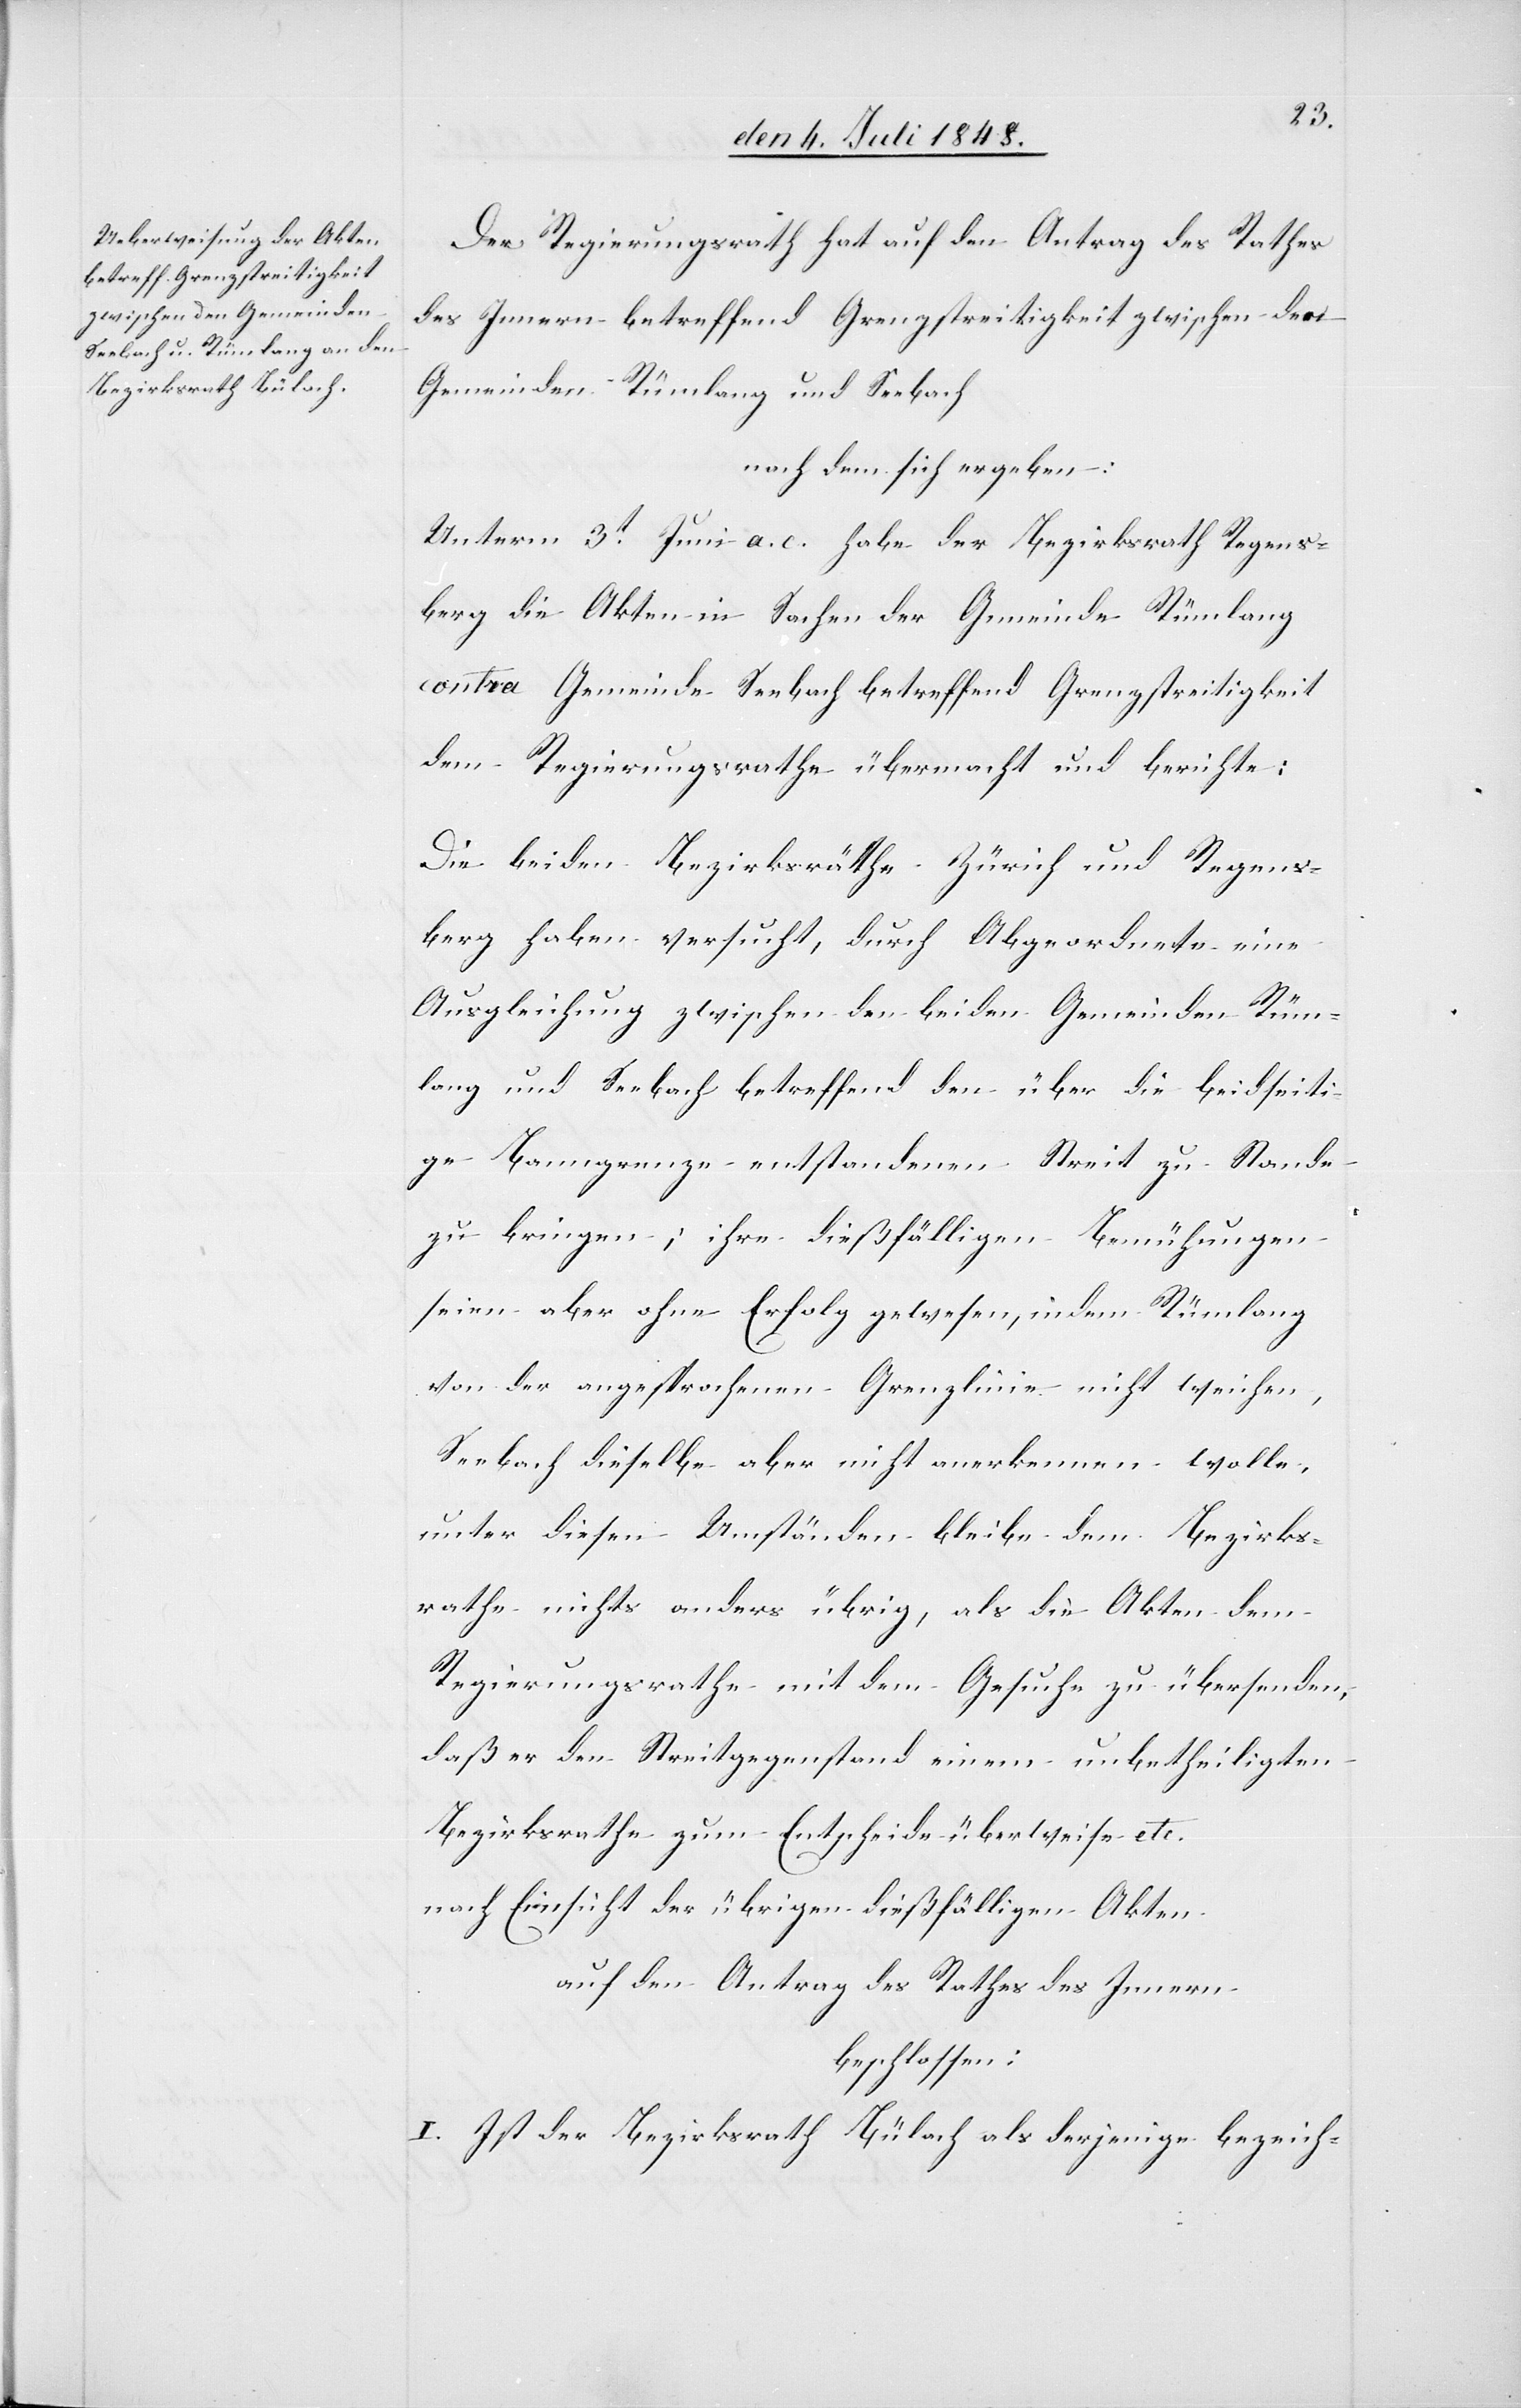
Der Regierungsrath hat auf den Antrag des Rathes
des Innern betreffend Grenzstreitigkeit zwischen den
Gemeinden Rümlang und Seebach
nachdem sich ergeben:
Unterm 3t Juni a. c. habe der Bezirksrath Regens¬
berg die Akten in Sachen der Gemeinde Rümlang
contra Gemeinde Seebach betreffend Grenzstreitigkeit
dem Regierungsrathe übermacht und berichte:
Die beiden Bezirksräthe Zürich und Regens¬
berg haben versucht, durch Abgeordnete eine
Ausgleichung zwischen den beiden Gemeinden Rüm¬
lang und Seebach betreffend den über die beidseiti¬
ge Banngrenze entstandenen Streit zu Stande
zu bringen; ihre dießfälligen Bemühungen
seien aber ohne Erfolg gewesen, indem Rümlang
von der angesprochenen Grenzlinie nicht weichen,
Seebach dieselbe aber nicht anerkennen wolle,
unter diesen Umständen bleibe dem Bezirks¬
rathe nichts anders übrig, als die Akten dem
Regierungsrathe mit dem Gesuche zu übersenden,
daß er den Streitgegenstand einem unbetheiligten
Bezirksrathe zum Entscheide überweise etc.
nach Einsicht der übrigen dießfälligen Akten
auf den Antrag des Rathes des Innern
beschlossen:
I. Ist der Bezirksrath Bülach als derjenige bezeich-